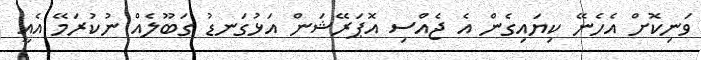
ވަނިކޮށް އެހެނޭ ކިޔައިގެން އެ ޖެއްސި އޮޕަރޭޝަން އަޅުގަނޑު ގަބޫލެއް ނުކުރަމޭ އެއީ